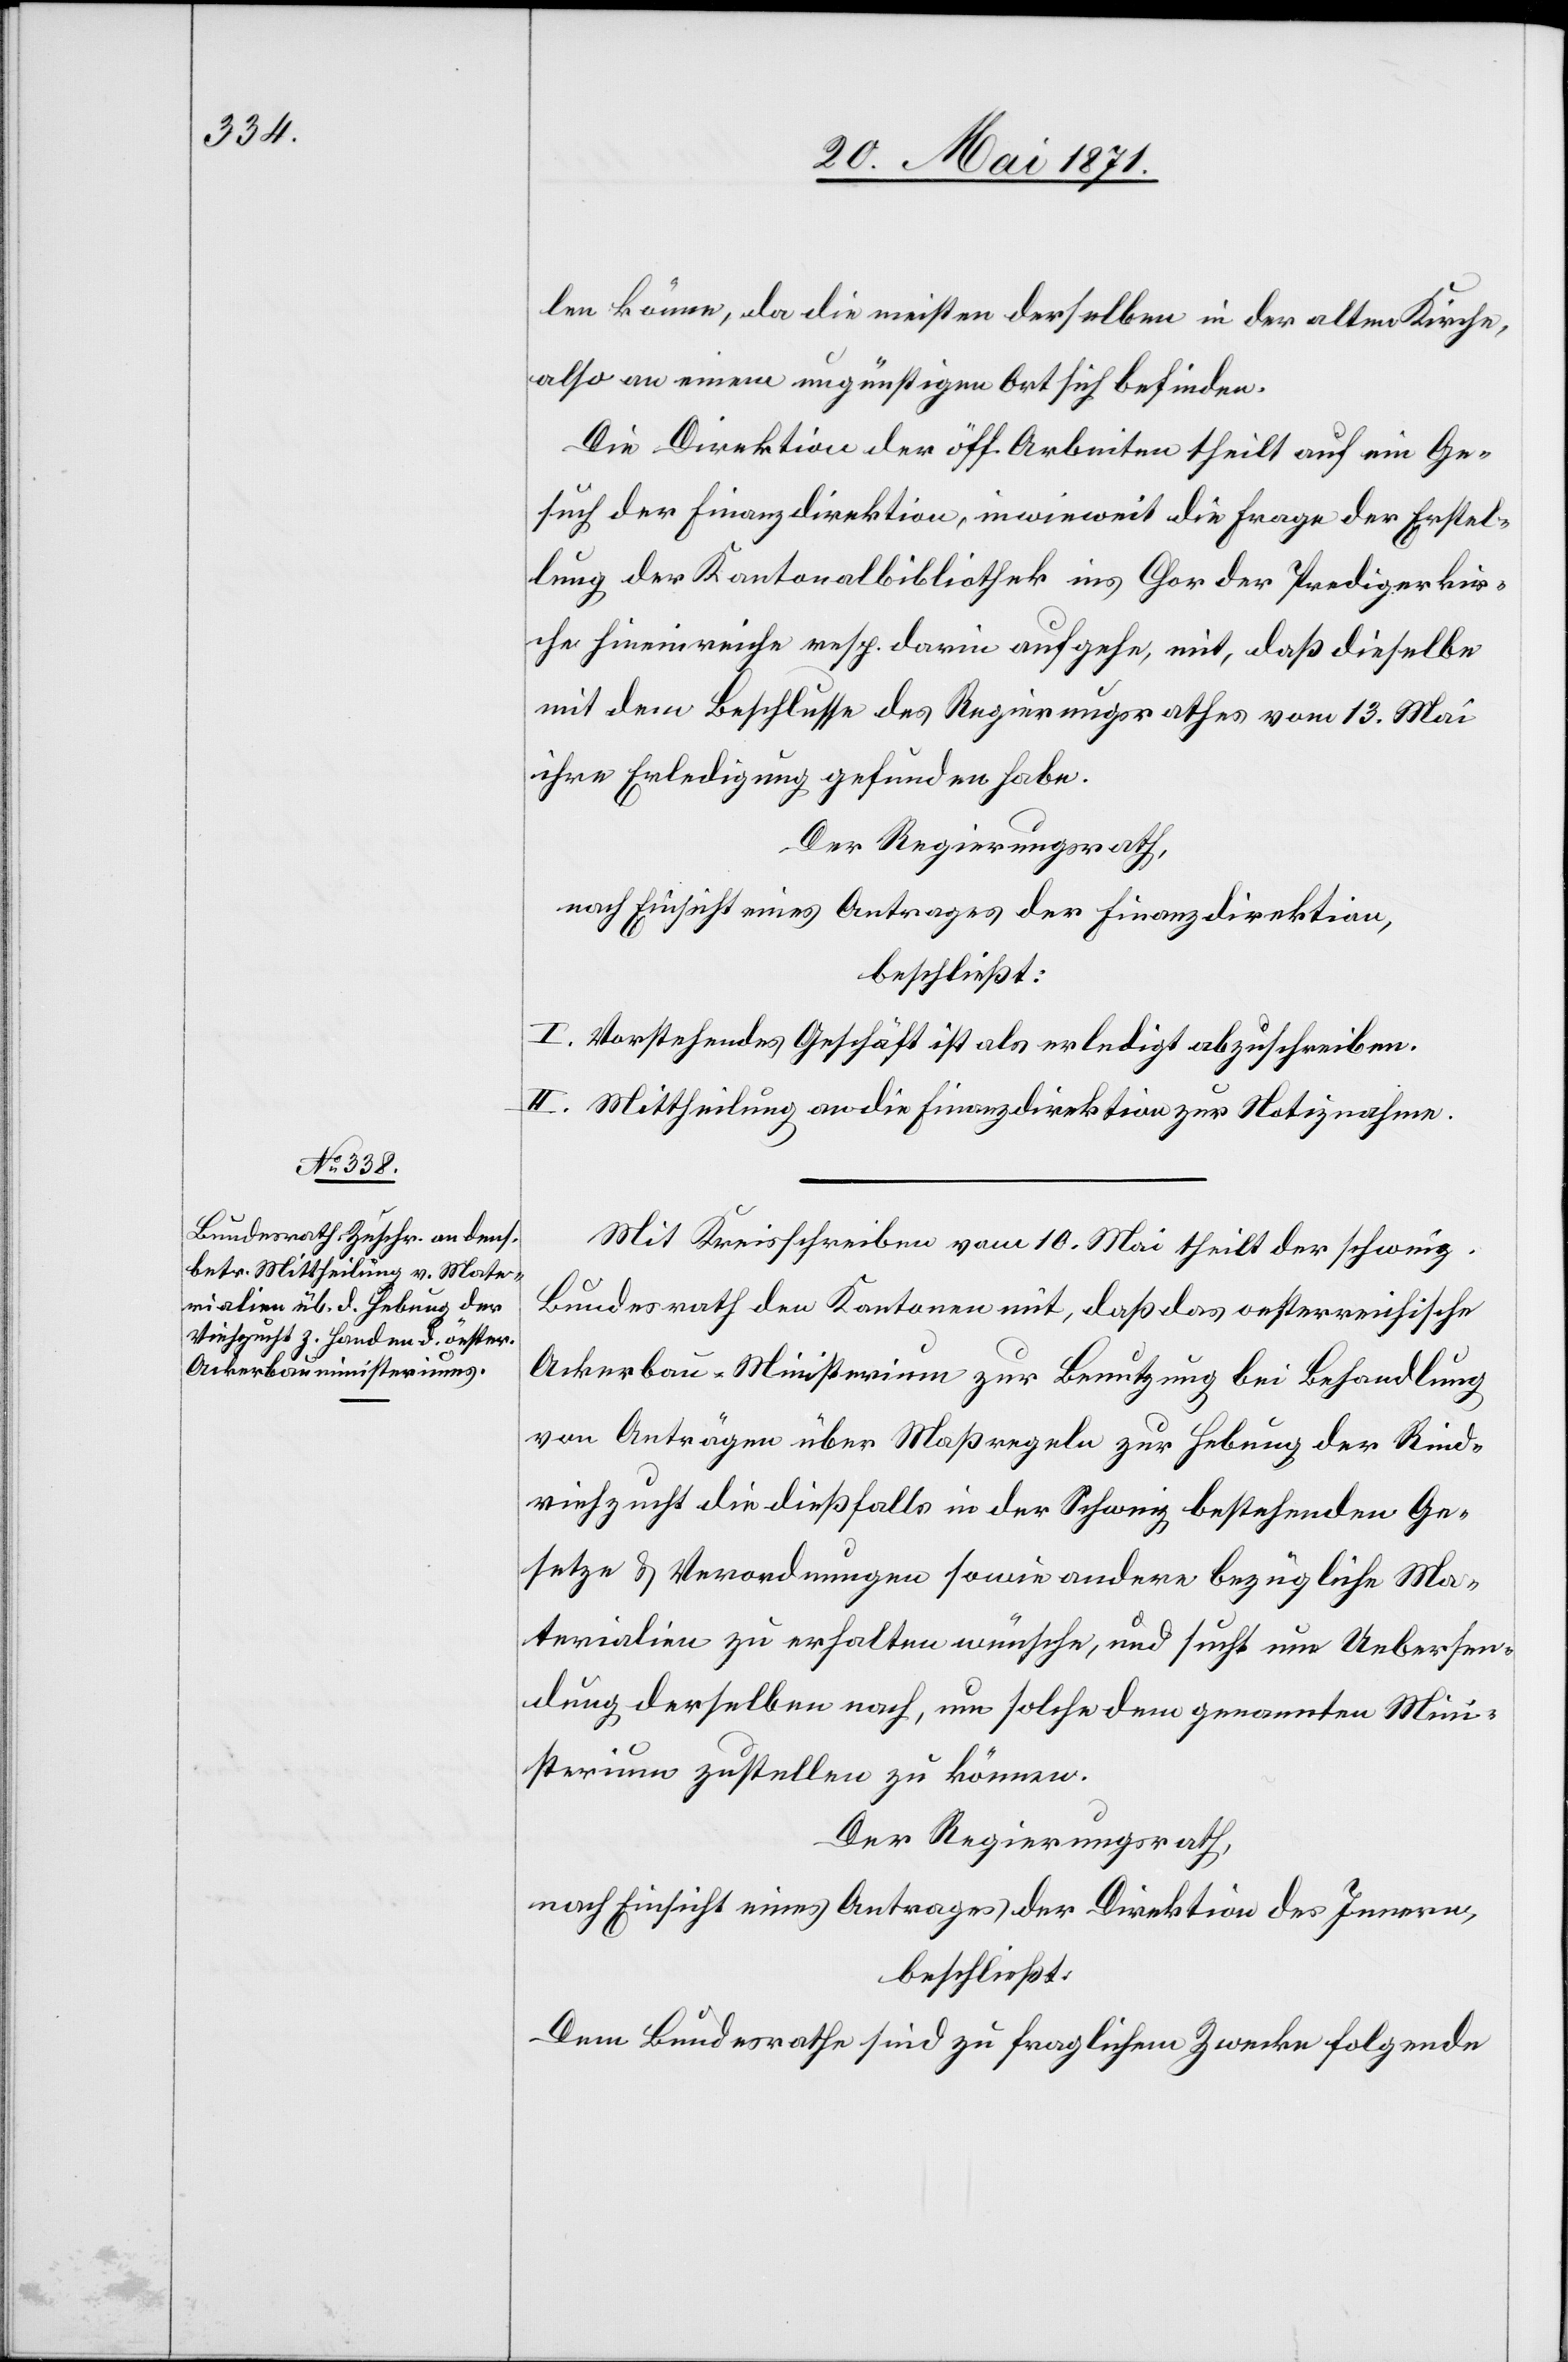
len könne, da die meisten derselben in der alten Kirche,
also an einem ungünstigen Ort sich befinden.
Die Direktion der öff. Arbeiten theilt auf ein Ge¬
such der Finanzdirektion, inwieweit die Frage der Erstel¬
lung der Kantonalbibliothek ins Chor der Predigerkir¬
che hineinreiche resp. darin aufgehe, mit, daß dieselbe
mit dem Beschlusse des Regierungsrathes vom 13. Mai
ihre Erledigung gefunden habe.
Der Regierungsrath,
nach Einsicht eines Antrages der Finanzdirektion,
beschließt:
I. Vorstehendes Geschäft ist als erledigt abzuschreiben.
II. Mittheilung an die Finanzdirektion zur Notiznahme.
Mit Kreisschreiben vom 10. Mai theilt der schweiz.
Bundesrath den Kantonen mit, daß das oesterreichische
Ackerbau-Ministerium zur Benutzung bei Behandlung
von Anträgen über Maßregeln zur Hebung der Rind¬
viehzucht die dießfalls in der Schweiz bestehenden Ge¬
setze u. Verordnungen sowie andere bezügliche Ma¬
terialien zu erhalten wünsche, und sucht um Uebersen¬
dung derselben nach, um solche dem genannten Mini¬
sterium zustellen zu können.
Der Regierungsrath,
nach Einsicht eines Antrages der Direktion des Innern,
beschließt:
Dem Bundesrathe sind zu fraglichem Zwecke folgende